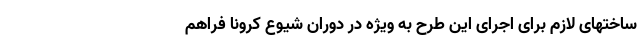
ساختهای لازم برای اجرای این طرح به ویژه در دوران شیوع کرونا فراهم